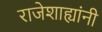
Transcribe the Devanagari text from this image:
राजेशाह्यांनी